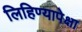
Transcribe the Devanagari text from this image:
लिहिण्यापेक्षा